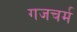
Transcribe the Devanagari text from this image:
गजचर्म